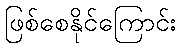
ဖြစ်စေနိုင်ကြောင်း